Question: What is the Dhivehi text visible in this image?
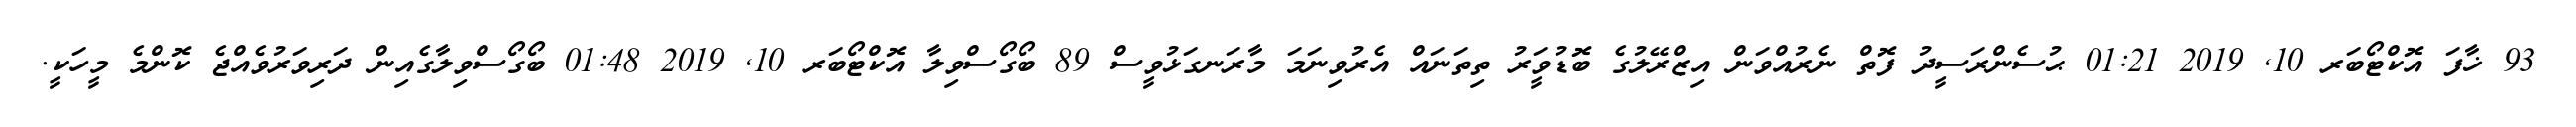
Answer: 93 ޚާފަ އޮކްޓޯބަރ 10, 2019 01:21 ޙުސެންރަސީދު ފޮތް ނެރުއްވަން އިޒްރޭލުގެ ބޮޑުވަީރު ތިތަނައް އެރުވިނަމަ މާރަނގަޅުވީސް 89 ބޯގޯސްވިލާ އޮކްޓޯބަރ 10, 2019 01:48 ބޯގޯސްވިލާގެއިން ދަރިވަރުވެއްޖެ ކޮންމެ މީހަކީ.